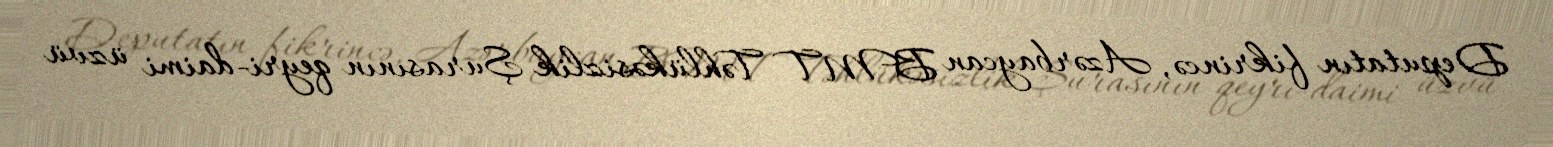
Deputatın fikrincə, Azərbaycan BMT Təhlükəsizlik Şurasının qeyri-daimi üzvü